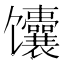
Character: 馕